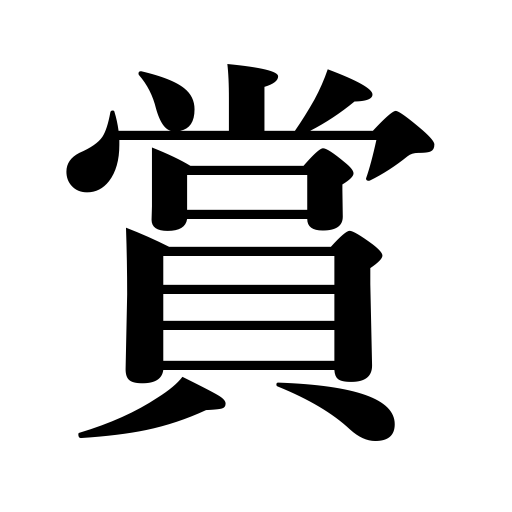
Meanings: reward,prize,praise